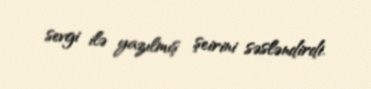
sevgi ilə yazılmış şeirini səsləndirdi.